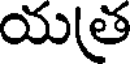
యత్ర